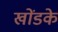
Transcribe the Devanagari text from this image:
खोंडके